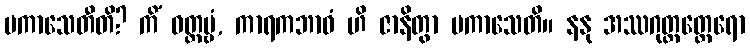
ပကာသေတီတိ? ကိံ ဝတ္တဗ္ဗံ, ကာရကဘာဝံ ဟိ ဇာနိတွာ ပကာသေတိ။ နနု အဿဂုတ္တတ္ထေရော